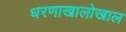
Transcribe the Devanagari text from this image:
धरणाखालोखाल